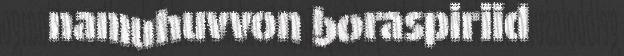
namuhuvvon boraspiriid